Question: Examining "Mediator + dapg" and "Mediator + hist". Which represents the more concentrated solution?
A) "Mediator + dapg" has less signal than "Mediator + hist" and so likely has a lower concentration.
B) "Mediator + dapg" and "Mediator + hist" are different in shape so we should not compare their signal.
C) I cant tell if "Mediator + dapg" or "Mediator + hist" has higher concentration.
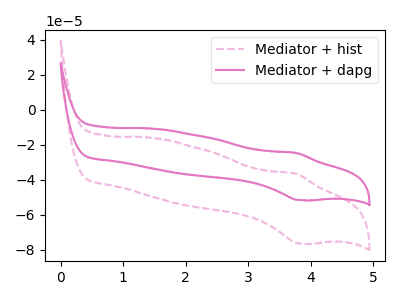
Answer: <think>The pink dashed curve "Mediator + hist" has an anodic peak at (3.75V, -36.70uA) and a cathodic peak at (3.85V, -76.45uA). The pink curve "Mediator + dapg" has an anodic peak at (3.75V, -24.80uA) and a cathodic peak at (3.85V, -51.65uA).
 All the peaks in "Mediator + dapg" have a peak in "Mediator + hist" at the same potential.</think>
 <answer>C) I cant tell if "Mediator + dapg" or "Mediator + hist" has higher concentration.</answer>
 <eval>C</eval>